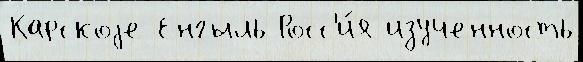
Карскоjе Енгыль Росс'и́я изученность